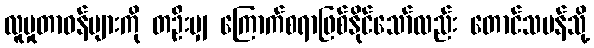
လူမှုတာဝန်များကို တဦးမျှ ကြောက်စရာဖြစ်နိုင်သော်လည်း တောင်သမန်သို့